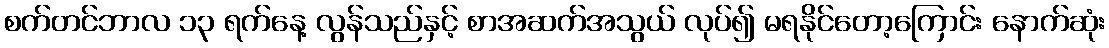
စက်တင်ဘာလ ၁၃ ရက်နေ့ လွန်သည်နှင့် စာအဆက်အသွယ် လုပ်၍ မရနိုင်တော့ကြောင်း နောက်ဆုံး